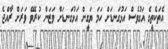
އެތަކެތީގެ އަގުވެސް އަޅުގަނޑަށް ހަމަ ޔަގީން އަޅުގަނޑަށް ވަޒަން ކުރެވޭ ވަރަށް ރާއްޖެ